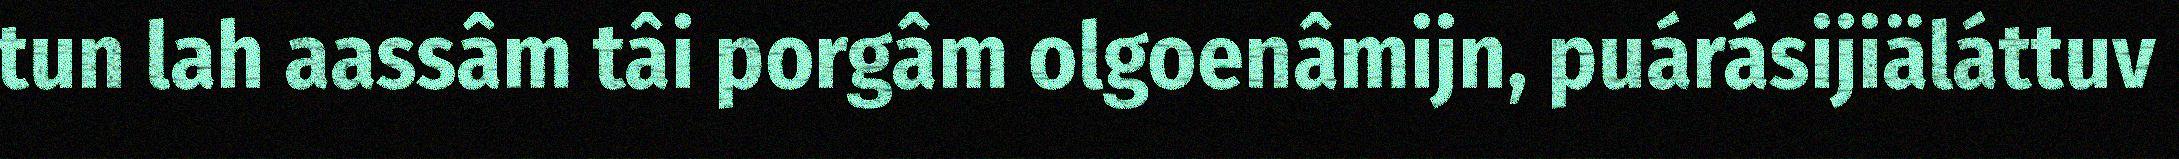
tun lah aassâm tâi porgâm olgoenâmijn, puárásijiäláttuv